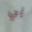
بي